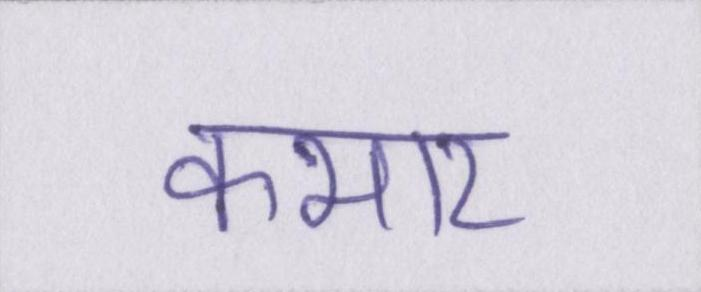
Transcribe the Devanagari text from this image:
कभार